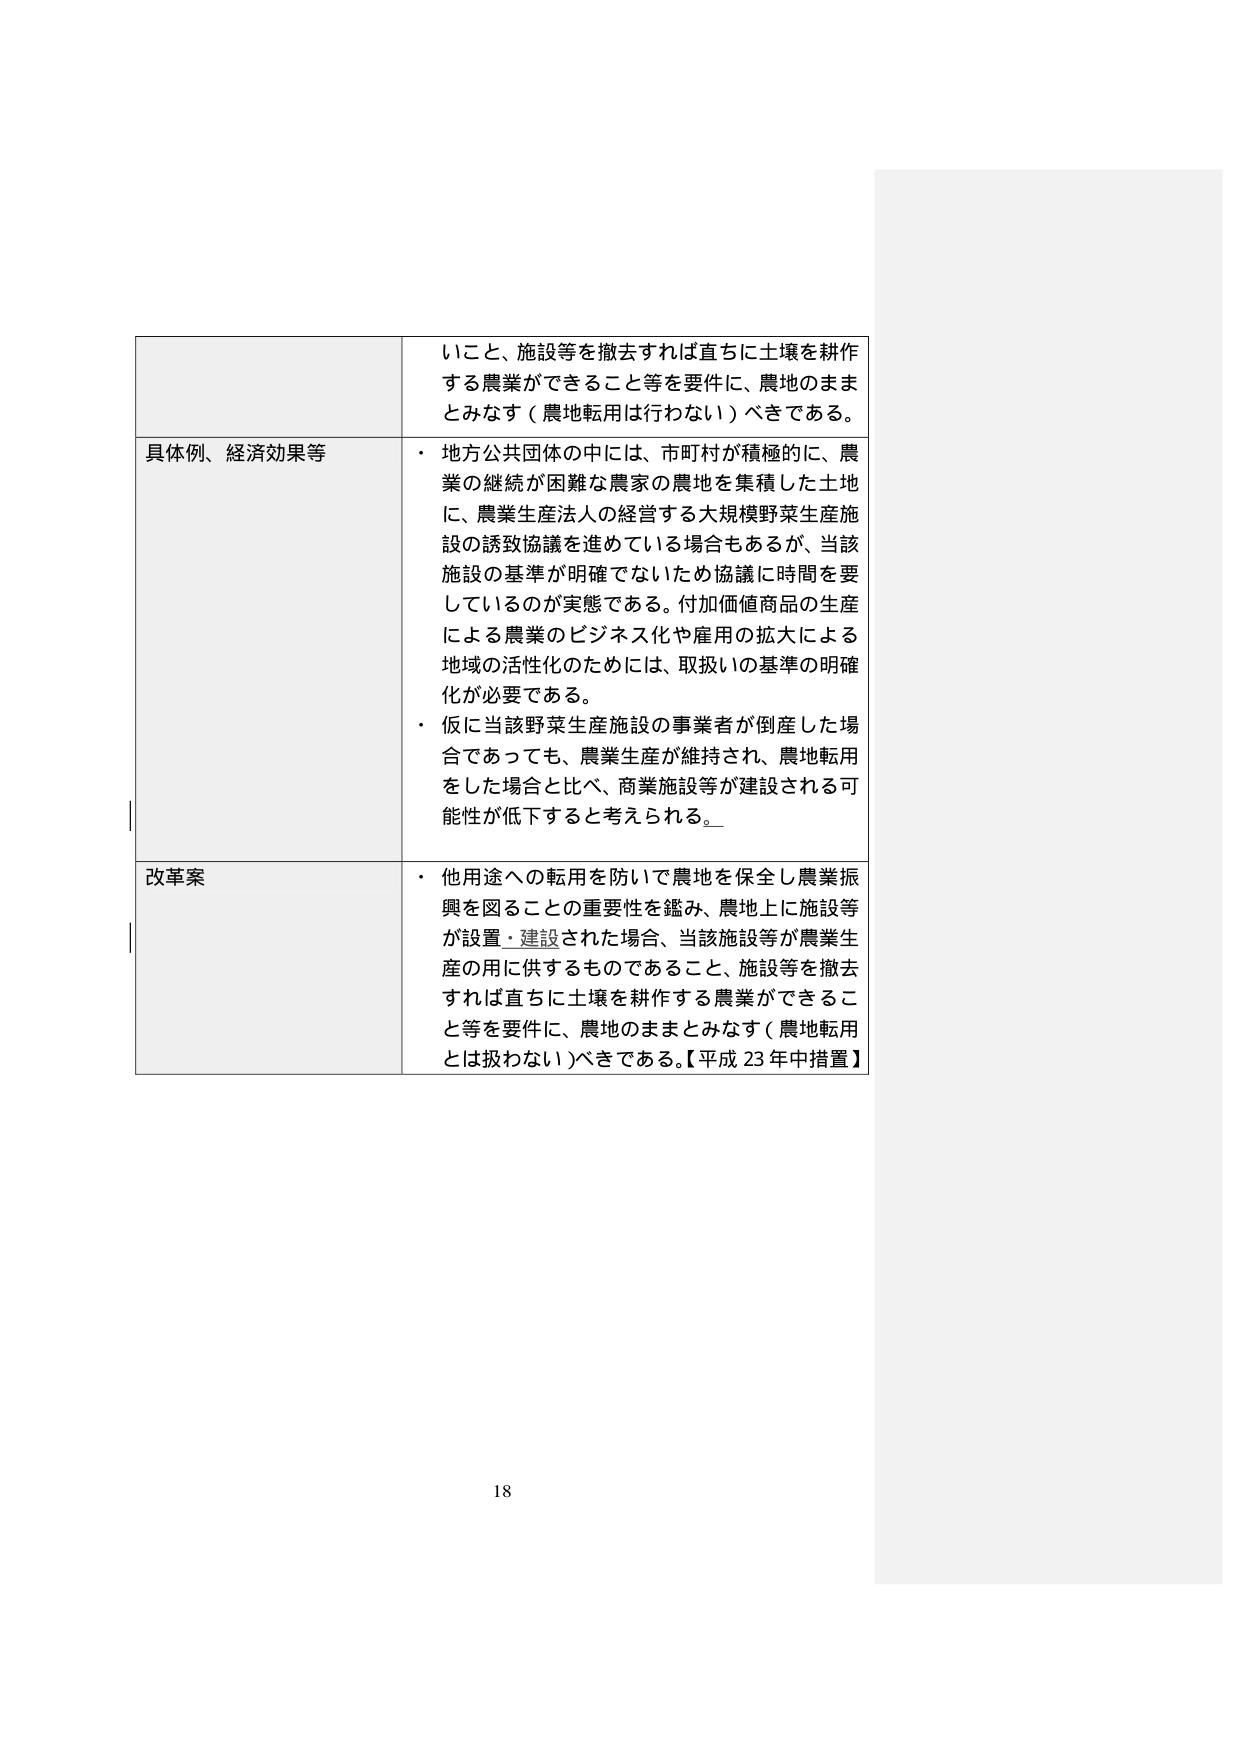
いこと、施設等を撤去すれば直ちに土壌を耕作する農業ができること等を要件に、農地のままとみなす（農地転用は行わない）べきである。

具体例、経済効果等
・ 地方公共団体の中には、市町村が積極的に、農業の継続が困難な農家の農地を集積した土地に、農業生産法人の経営する大規模野菜生産施設の誘致協議を進めている場合もあるが、当該施設の基準が明確でないため協議に時間を要しているのが実態である。付加価値商品の生産による農業のビジネス化や雇用の拡大による地域の活性化のためには、取扱いの基準の明確化が必要である。
・ 仮に当該野菜生産施設の事業者が倒産した場合であっても、農業生産が維持され、農地転用をした場合と比べ、商業施設等が建設される可能性が低下すると考えられる。

改革案
・ 他用途への転用を防いで農地を保全し農業振興を図ることの重要性を鑑み、農地上に施設等が設置・建設された場合、当該施設等が農業生産の用に供するものであること、施設等を撤去すれば直ちに土壌を耕作する農業ができること等を要件に、農地のままとみなす（農地転用とは扱わない）べきである。【平成23年中措置】

18